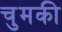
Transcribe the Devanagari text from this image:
चुमकी